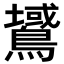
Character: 𪅫